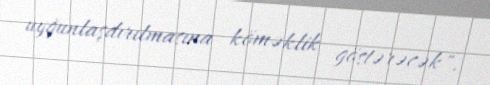
uyğunlaşdırılmasına köməklik göstərəcək".